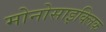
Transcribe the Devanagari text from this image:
मोनोसाइक्लिक